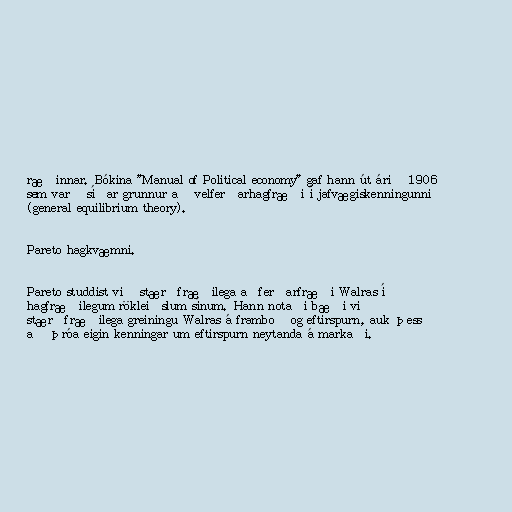
ræðinnar. Bókina "Manual of Political economy" gaf hann út árið 1906
sem varð síðar grunnur að velferðarhagfræði í jafvægiskenningunni
(general equilibrium theory).

Pareto hagkvæmni.

Pareto studdist við stærðfræðilega aðferðarfræði Walras í
hagfræðilegum rökleiðslum sínum. Hann notaði bæði við
stærðfræðilega greiningu Walras á framboð og eftirspurn, auk þess
að þróa eigin kenningar um eftirspurn neytanda á markaði.